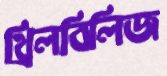
থ্রিলবিলিজ